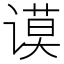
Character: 谟